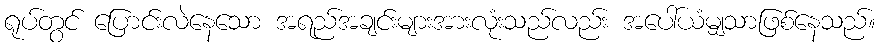
ရုပ်တွင် ပြောင်းလဲနေသော အရည်အချင်းများအားလုံးသည်လည်း အပေါ်ယံမျှသာဖြစ်နေသည်။